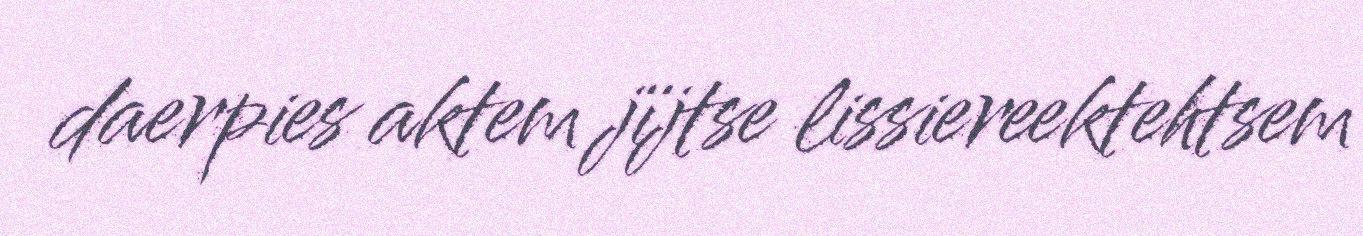
daerpies aktem jïjtse lissiereektehtsem